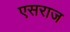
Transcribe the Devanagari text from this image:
एसराज